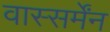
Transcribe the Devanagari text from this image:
वास्सर्मेंन